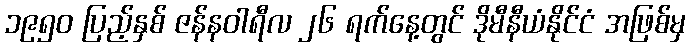
၁၉၅၀ ပြည့်နှစ် ဇန်နဝါရီလ ၂၆ ရက်နေ့တွင် ဒိုမီနီယံနိုင်ငံ အဖြစ်မှ